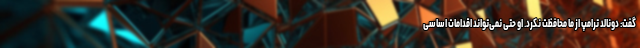
گفت: دونالد ترامپ از ما محافظت نکرد. او حتی نمی‌تواند اقدامات اساسی